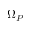
\Omega _ { P }